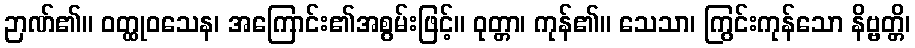
ဉာဏ်၏။ ဝတ္ထုဝသေန၊ အကြောင်း၏အစွမ်းဖြင့်။ ဝုတ္တာ၊ ကုန်၏။ သေသာ၊ ကြွင်းကုန်သော နိဗ္ဗတ္တိ၊